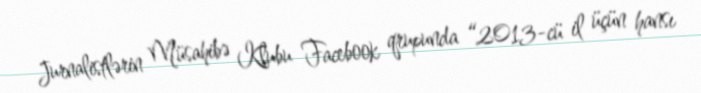
Jurnalistlərin Müsahibə Klubu Facebook qrupunda “2013-cü il üçün hansı